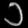
Digit: ၁